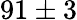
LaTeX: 91\pm 3